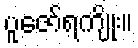
ပူဇော်ရကျိုး။